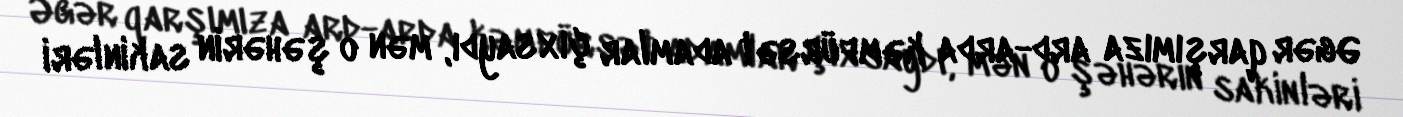
Əgər qarşımıza ard-arda kəmfürsət adamlar çıxsaydı, mən o şəhərin sakinləri